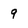
Character: 9